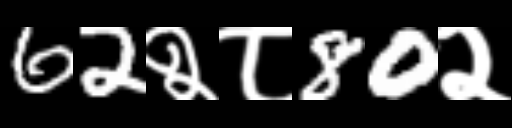
Text: 62२८80२